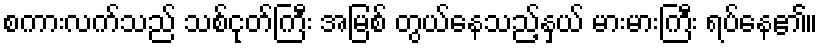
စကားလက်သည် သစ်ငုတ်ကြီး အမြစ် တွယ်နေသည့်နှယ် မားမားကြီး ရပ်နေ၏။